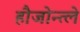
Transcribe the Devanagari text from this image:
हौजोन्त्ले